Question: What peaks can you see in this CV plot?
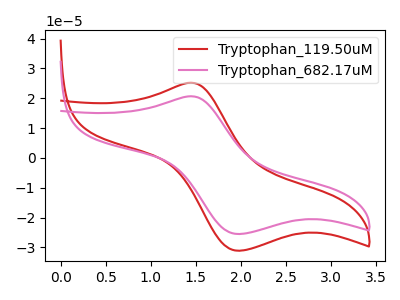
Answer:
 <answer>The red curve "Tryptophan_119.50uM" has an anodic peak at (1.45V, 25.20uA) and a cathodic peak at (2.00V, -31.10uA). The pink curve "Tryptophan_682.17uM" has an anodic peak at (1.45V, 20.65uA) and a cathodic peak at (2.00V, -25.50uA).</answer>
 <eval></eval>